Civil Veterinary Dept. Bombay admin report 1932-41 - 1932-1941
Year: 1932
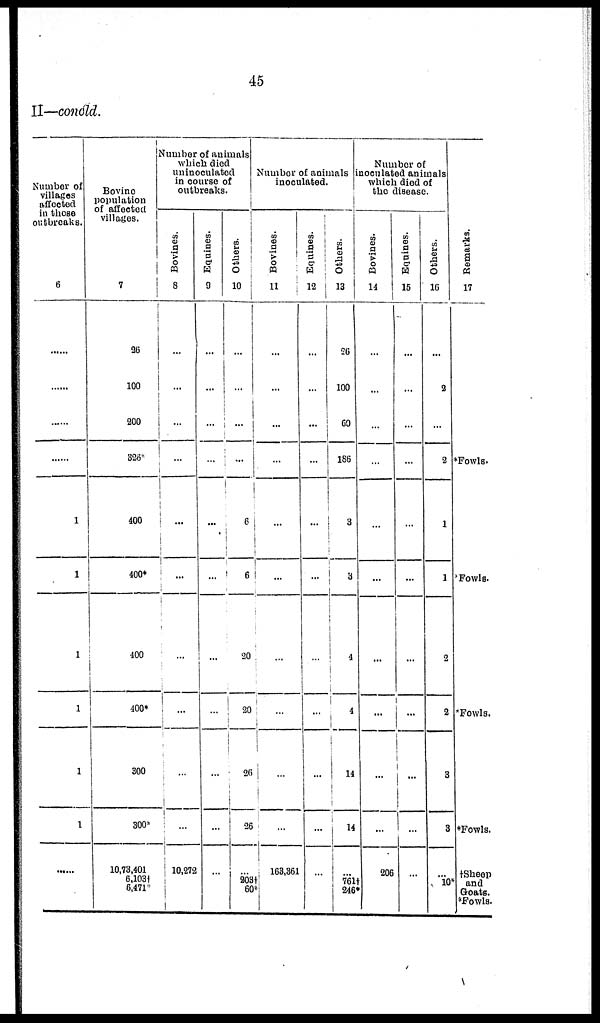
45
II—concld.
Number of
villages
affected
in those
outbreaks.
6
......
......
......
......
1
1
1
1
1
1
.......
Bovine
population
of affected
villages.
7
26
100
200
326*
400
400*
400
400*
300
300*
10,73,401
6,103†
6,471*
Number of animals
which died
uninoculated
in course of
outbreaks.
Bovines.
8
...
...
...
...
...
...
...
...
...
...
10,272
Equines.
9
...
...
...
...
...
...
...
...
...
...
...
Others.
10
...
...
...
...
...
6
20
20
26
26
...
203†
60*
Number of animals
inoculated.
Bovines.
11
...
...
...
...
...
...
...
...
...
...
163,361
Equines.
12
...
...
...
...
...
...
...
...
...
...
...
Others.
13
26
100
60
186
3
3
...
4
14
14
...
761†
246*
Number of
inoculated animals
which died of
the disease.
Bovines.
14
...
...
...
...
...
...
...
...
...
...
206
Equines.
15
...
...
...
...
...
...
...
...
...
...
...
Others.
16
...
2
...
2
1
1
2
2
3
3
...
10*
Remarks.
17
*Fowls.
*Fowls.
*Fowls.
*Fowls.
†Sheep
and
Goats.
*Fowls.